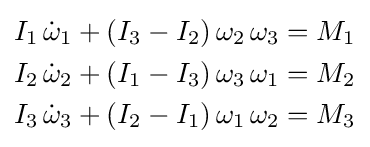
{\begin{aligned}I_{1}\,{\dot {\omega }}_{1}+(I_{3}-I_{2})\,\omega _{2}\,\omega _{3}&=M_{1}\\I_{2}\,{\dot {\omega }}_{2}+(I_{1}-I_{3})\,\omega _{3}\,\omega _{1}&=M_{2}\\I_{3}\,{\dot {\omega }}_{3}+(I_{2}-I_{1})\,\omega _{1}\,\omega _{2}&=M_{3}\end{aligned}}